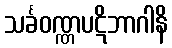
သင်္ခဝဏ္ဏပဋိဘာဂါနိ